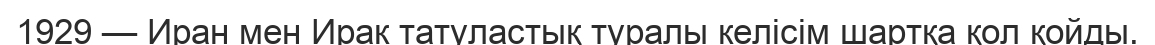
1929 — Иран мен Ирак татуластық туралы келiсiм шартқа қол қойды.